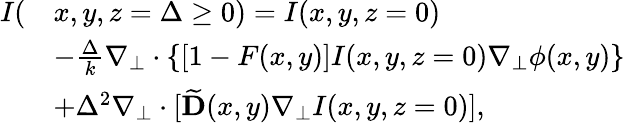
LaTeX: \begin{array}{rl}{I(}&{x,y,z=\Delta\ge 0)=I(x,y,z=0)}\\ &{-\frac{\Delta}{k}\nabla_{\perp}\cdot\{ [1-F(x,y)]I(x,y,z=0)\nabla_{\perp}\phi(x,y)\} }\\ &{+\Delta^{2}\nabla_{\perp}\cdot[\widetilde{\mathbf{D}}(x,y)\nabla_{\perp}I(x,y,z=0)],}\end{array}